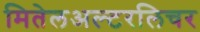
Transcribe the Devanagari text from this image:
मितेलअल्टरलिचर